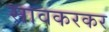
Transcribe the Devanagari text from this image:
सावकरकर